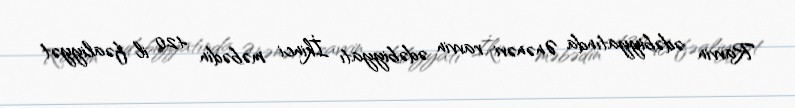
Ravvin ədəbiyyatında Ənənəvi ravvin ədəbiyyatı İkinci məbədin 420 il fəaliyyət